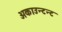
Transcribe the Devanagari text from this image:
अकाउन्टन्ट